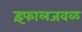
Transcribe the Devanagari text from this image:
इंफालजवळ